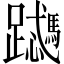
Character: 𬧜